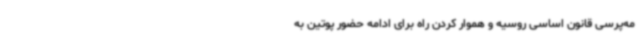
مه‌پرسی قانون اساسی روسیه و هموار کردن راه برای ادامه حضور پوتین به